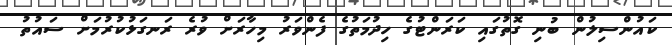
ކައުންސިލުން ބުނި ގޮތުގައި ކަރަންޓުގެ ހިދުމަތުގެ ފެންވަރު މިހާރަށް ވުރެ ރަނގަޅުކުރުމަށް ސައުތު